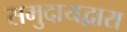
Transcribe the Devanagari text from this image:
समुदायद्वारा